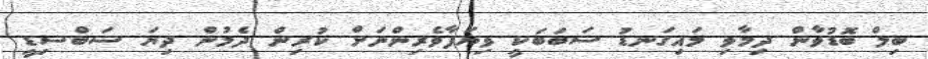
ބިލް ބޮޑުވާން ދިމާވި މައިގަނޑު ސަބަބަކީ ވިޔަފާވެރިންނަށް ކުރިން ދެމުން ދިޔަ ސަބްސިޑީ